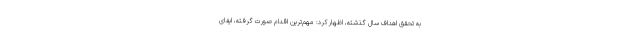
به تحقق اهداف سال گذشته، اظهار کرد: مهم‌ترین اقدام صورت گرفته، ایفای